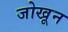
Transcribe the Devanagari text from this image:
जोखून